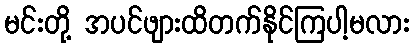
မင်းတို့ အပင်ဖျားထိတက်နိုင်ကြပါ့မလား